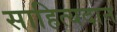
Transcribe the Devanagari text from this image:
साहित्यदान